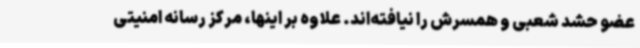
عضو حشد شعبی و همسرش را نیافته‌اند. علاوه بر اینها، مرکز رسانه امنیتی